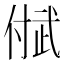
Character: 𬿐